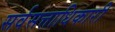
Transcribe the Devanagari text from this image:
सर्वसत्ताधिकारी